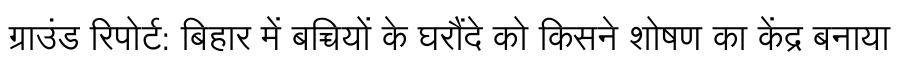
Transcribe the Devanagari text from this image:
ग्राउंड रिपोर्ट: बिहार में बच्चियों के घरौंदे को किसने शोषण का केंद्र बनाया